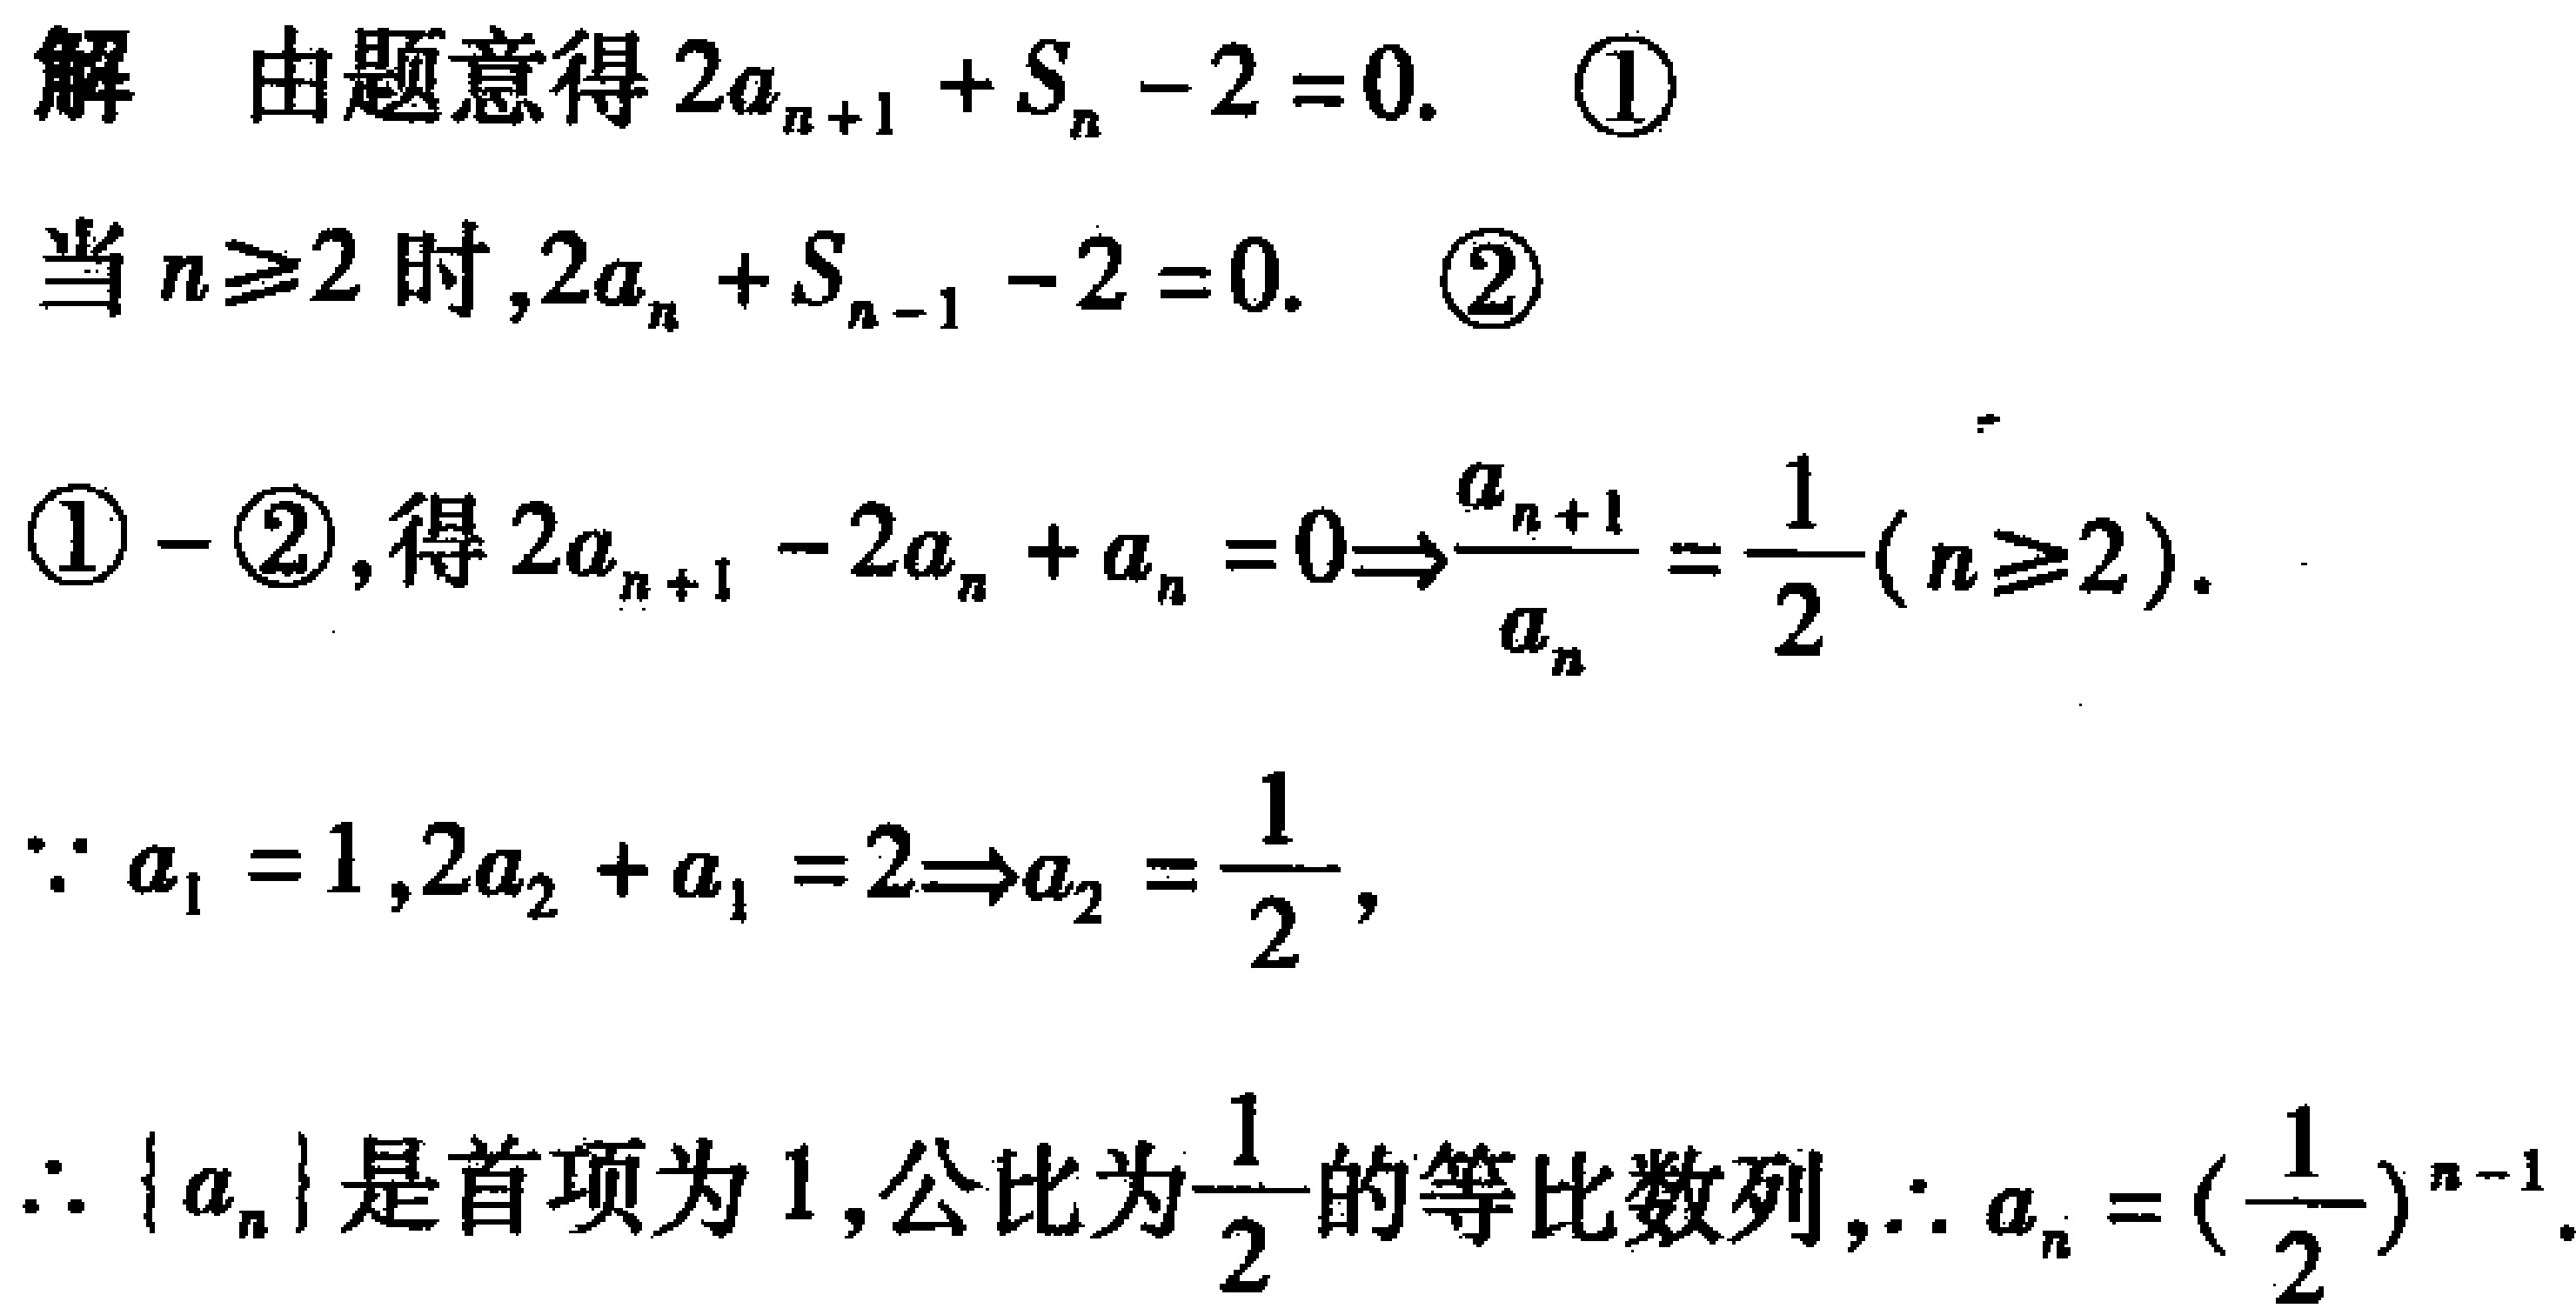
解 由题意得 \(2a_{n + 1}+S_{n}-2 = 0\). \textcircled{1}
当 \(n\geq2\) 时,\(2a_{n}+S_{n - 1}-2 = 0\). \textcircled{2}
\textcircled{1} - \textcircled{2},得 \(2a_{n + 1}-2a_{n}+a_{n}=0\Rightarrow\frac{a_{n + 1}}{a_{n}}=\frac{1}{2}(n\geq2)\).
\(\because a_{1}=1,2a_{2}+a_{1}=2\Rightarrow a_{2}=\frac{1}{2}\),
\(\therefore \{a_{n}\}\) 是首项为 \(1\),公比为 \(\frac{1}{2}\) 的等比数列,\(\therefore a_{n}=(\frac{1}{2})^{n - 1}\).